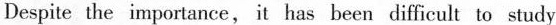
Despite the importance, it has heen difficult to study